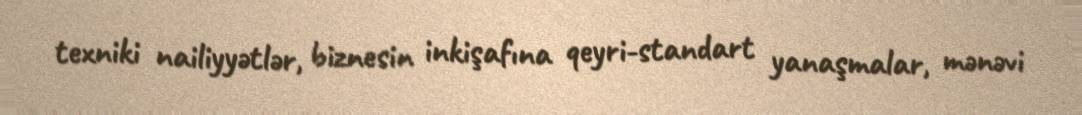
texniki nailiyyətlər, biznesin inkişafına qeyri-standart yanaşmalar, mənəvi